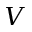
V